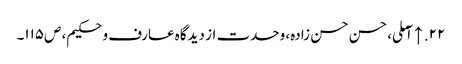
۲۲. ↑ آملی، حسن حسن زادہ، وحدت از دیدگاه عارف و حکیم، ص‌۱۱۵۔